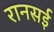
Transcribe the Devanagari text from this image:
रानसई